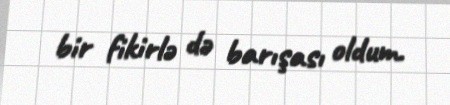
bir fikirlə də barışası oldum.